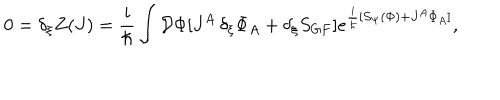
LaTeX: 0 = \delta _ { \xi } Z ( J ) = \frac { i } { \hbar } \int { \cal { D } } \Phi [ J ^ { A } \, \delta _ { \xi } \Phi _ { A } + \delta _ { \xi } S _ { G F } ] e ^ { \frac { i } { \hbar } [ S _ { \Psi } ( \Phi ) + J ^ { A } \Phi _ { A } ] } ,